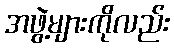
အဖွဲ့များကိုလည်း